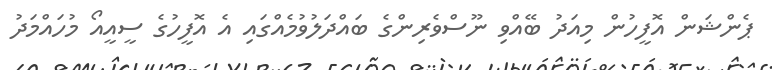
ޕެންޝަން އޮފީހުން މިއަދު ބޭއްވި ނޫސްވެރިންގެ ބައްދަލުވުމެއްގައި އެ އޮފީހުގެ ސީއީއޯ މުހައްމަދު